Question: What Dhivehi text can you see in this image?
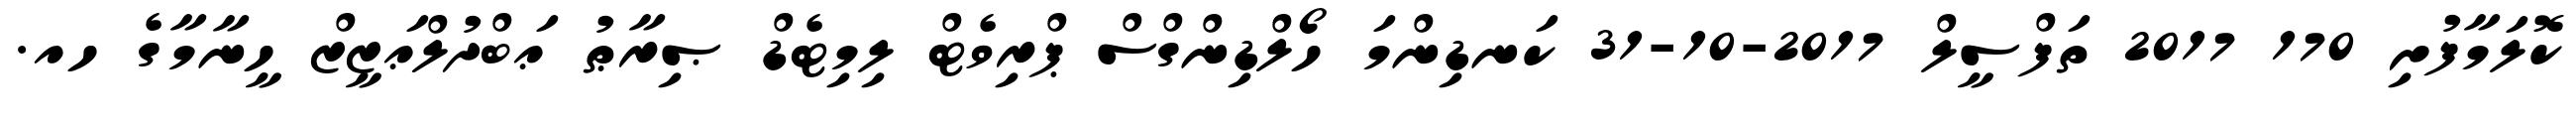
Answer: ކޮލަމާފުށި 170 2017 ތަފްސީލް 2017-10-31 ކަނޑިންމަ ހޯލްޑިންގްސް ޕްރިވެޓް ލިމިޓެޑް ޞިރާޠު ޢަބްދުލްޢަޒީޒް ހީނާމާގެ ހއ.